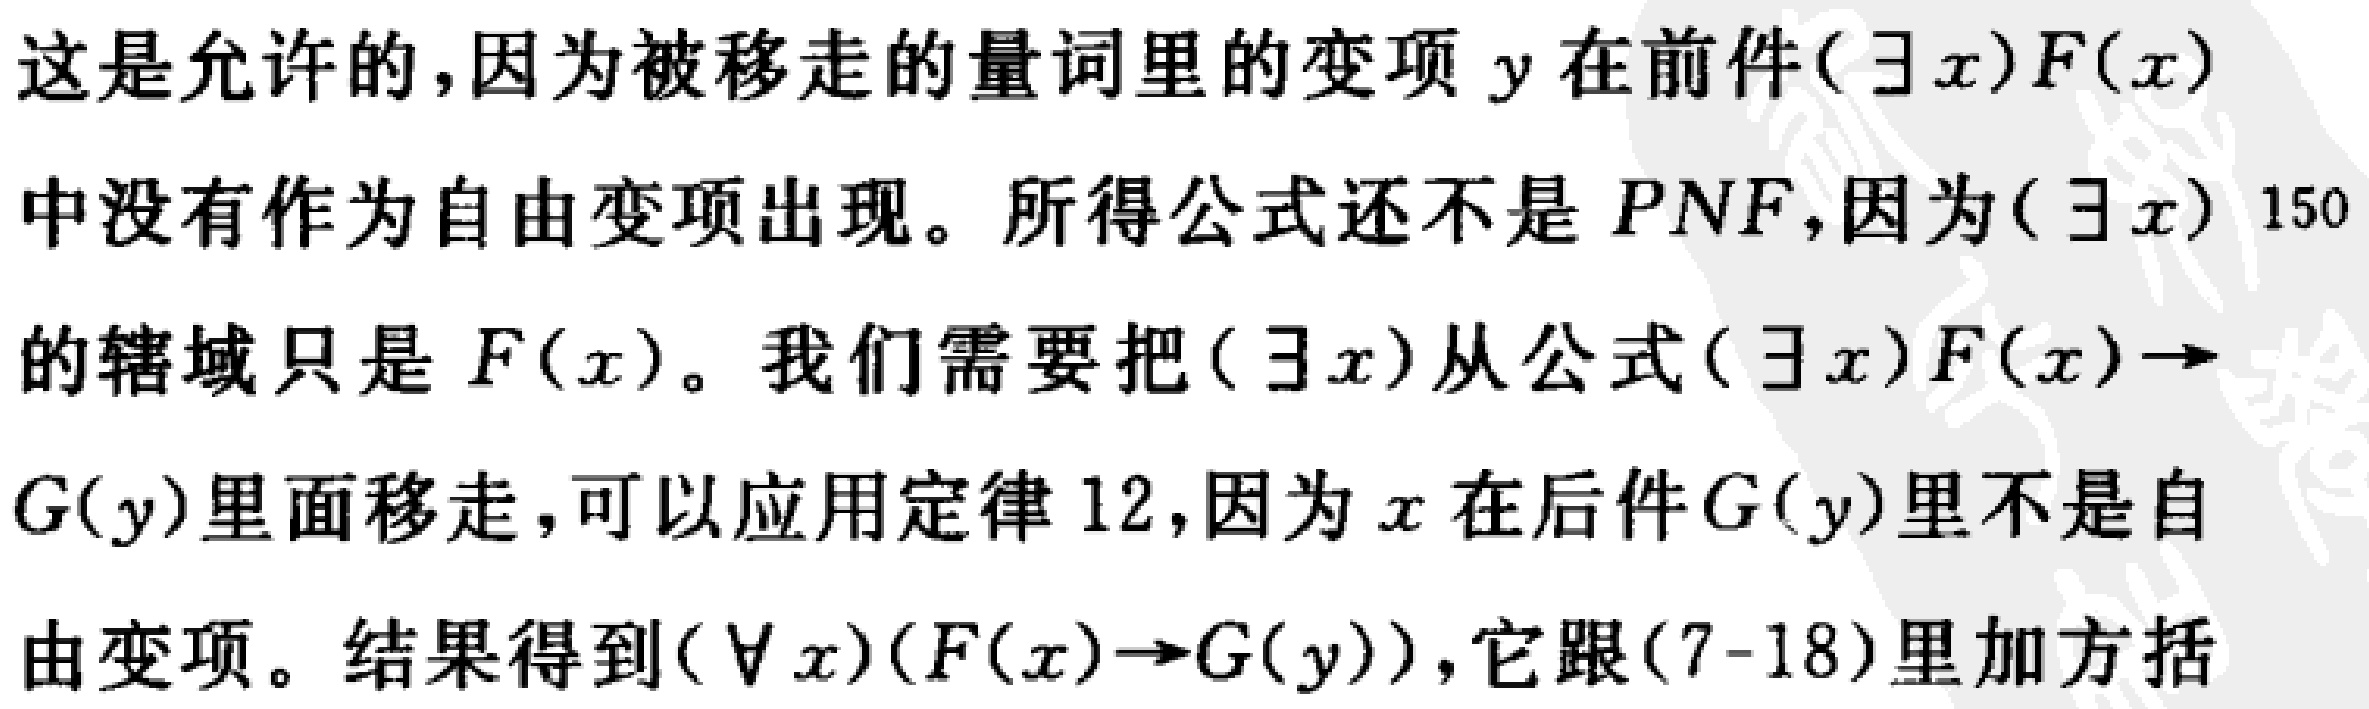
这是允许的,因为被移走的量词里的变项 \(y\) 在前件\((\exists x)F(x)\)
中没有作为自由变项出现。所得公式还不是 \(PNF\),因为\((\exists x)\) 150
的辖域只是 \(F(x)\)。我们需要把\((\exists x)\)从公式\((\exists x)F(x)\to
G(y)\)里面移走,可以应用定律 12,因为 \(x\) 在后件 \(G(y)\)里不是自
由变项。结果得到\((\forall x)(F(x)\to G(y))\),它跟\((7 - 18)\)里加方括